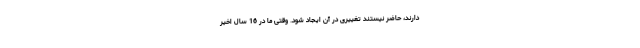
دارند، حاضر نیستند تغییری در آن ایجاد شود. وقتی ما در 16 سال اخیر